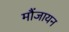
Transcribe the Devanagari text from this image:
मौंजायन